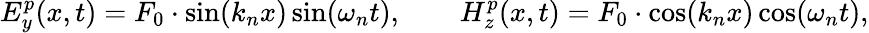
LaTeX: E_{y}^{p}(x,t)=F_{0}\cdot\sin(k_{n}x)\sin(\omega_{n}t),\qquad H_{z}^{p}(x,t)=F_{0}\cdot\cos(k_{n}x)\cos(\omega_{n}t),